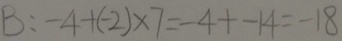
B : - 4 + ( - 2 ) \times 7 = - 4 + - 1 4 = - 1 8